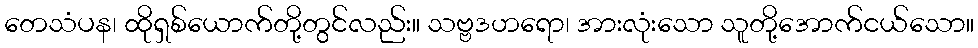
တေသံပန၊ ထိုရှစ်ယောက်တို့တွင်လည်း။ သဗ္ဗဒဟရော၊ အားလုံးသော သူတို့အောက်ငယ်သော။